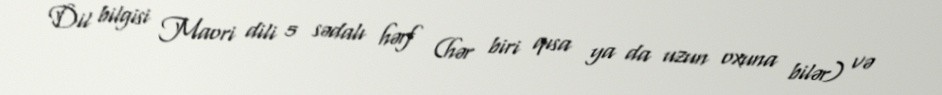
Dil bilgisi Maori dili 5 sədalı hərf (hər biri qısa ya da uzun oxuna bilər) və